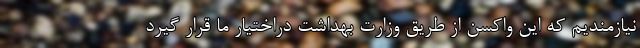
نیازمندیم که این واکسن از طریق وزارت بهداشت دراختیار ما قرار گیرد